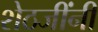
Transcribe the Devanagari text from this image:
शेठजींनी